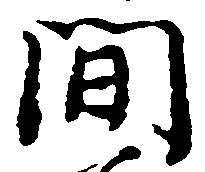
間